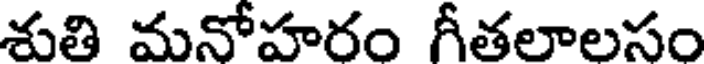
శుతి మనోహరం గీతలాలసం